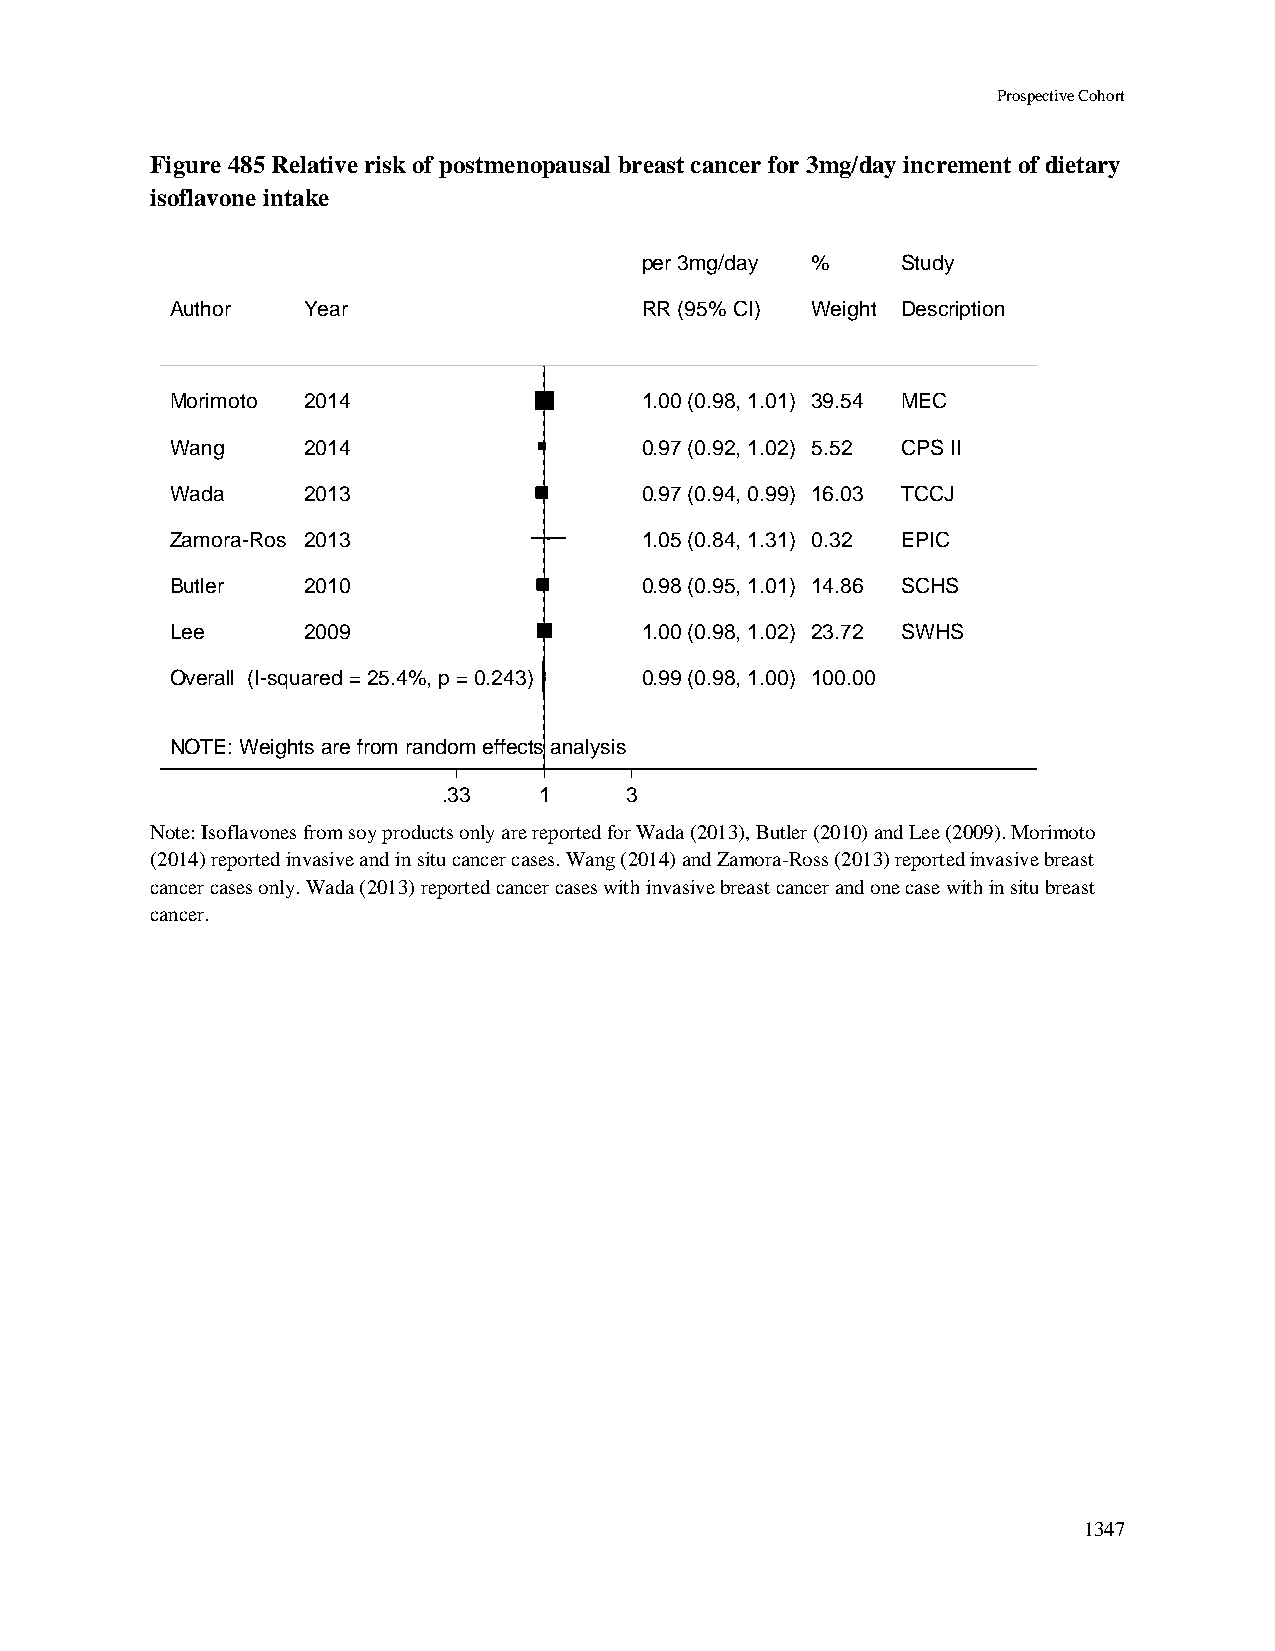
Prospective Cohort
 Figure 485 Relative risk of postmenopausal breast cancer for 3mg/day increment of dietary
 isoflavone intake
 ppeerr 33mmgg//ddaayy %% Study
 Author   Year                  RRRR ((9955%% CCII)) WWeeiigghhtt Description
 Morimoto 2014                  11..0000 ((00..9988,, 11..0011)) 3399..5544 MEC
 Wang     2014                  00..9977 ((00..9922,, 11..0022)) 55..5522 CPS II
 Wada     2013                  00..9977 ((00..9944,, 00..9999)) 1166..0033 TCCJ
 Zamora-Ros 2013                11..0055 ((00..8844,, 11..3311)) 00..3322 EPIC
 Butler   2010                  00..9988 ((00..9955,, 11..0011)) 1144..8866 SCHS
 Lee      2009                  11..0000 ((00..9988,, 11..0022)) 2233..7722 SWHS
 Overall (I-squared = 25.4%, p = 0.243) 00..9999 ((00..9988,, 11..0000)) 110000..0000
 NOTE: Weights are from random effects analysis
 .33    11   3
 Note: Isoflavones from soy products only are reported for Wada (2013), Butler (2010) and Lee (2009). Morimoto
 (2014) reported invasive and in situ cancer cases. Wang (2014) and Zamora-Ross (2013) reported invasive breast
 cancer cases only. Wada (2013) reported cancer cases with invasive breast cancer and one case with in situ breast
 cancer.
 1347